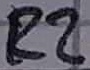
Text: R2